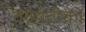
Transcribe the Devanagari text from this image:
वर्गप्रतीकों